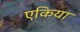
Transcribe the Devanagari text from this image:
एकिया